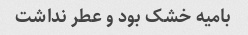
بامیه خشک‌ بود و عطر نداشت